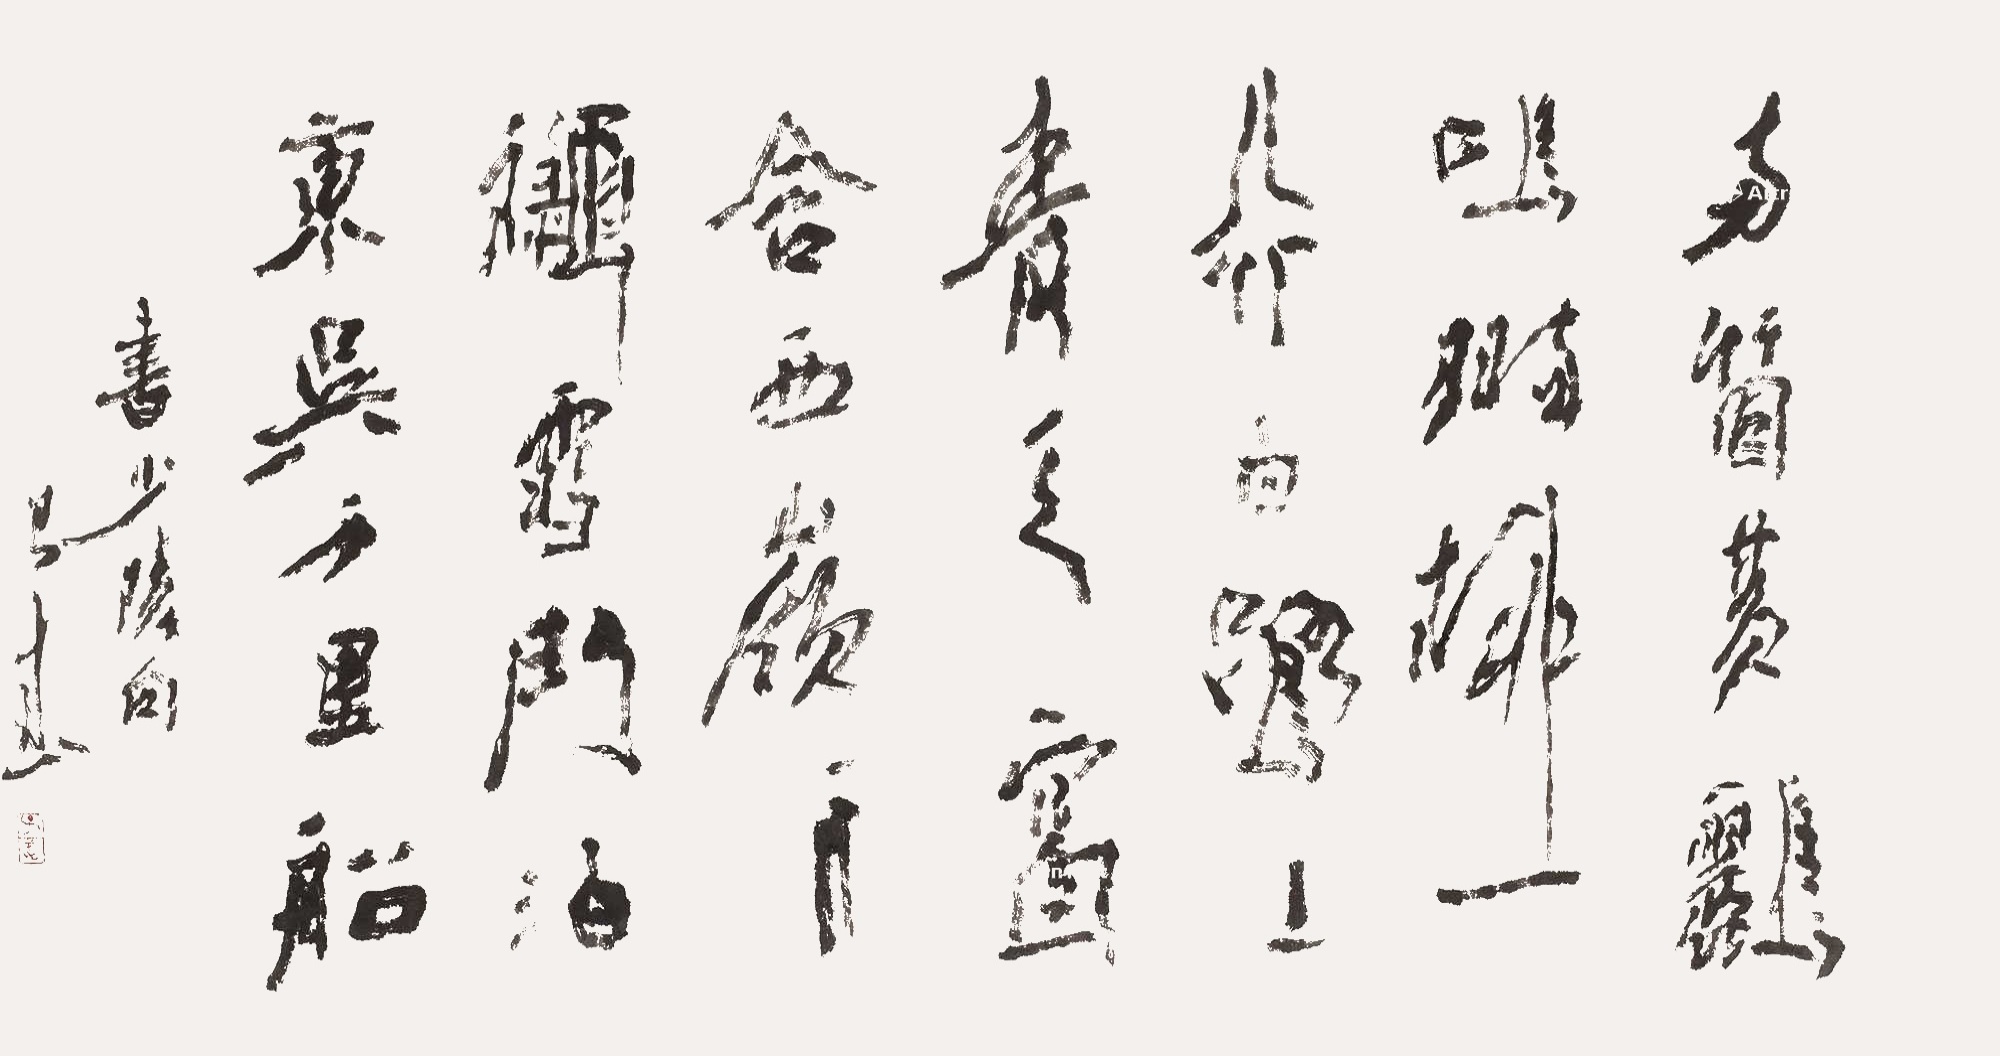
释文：两个黄鹂鸣翠柳，一行白鹭上青天。窗含西岭千秋雪，门泊东吴万里船。书少陵句，子武。